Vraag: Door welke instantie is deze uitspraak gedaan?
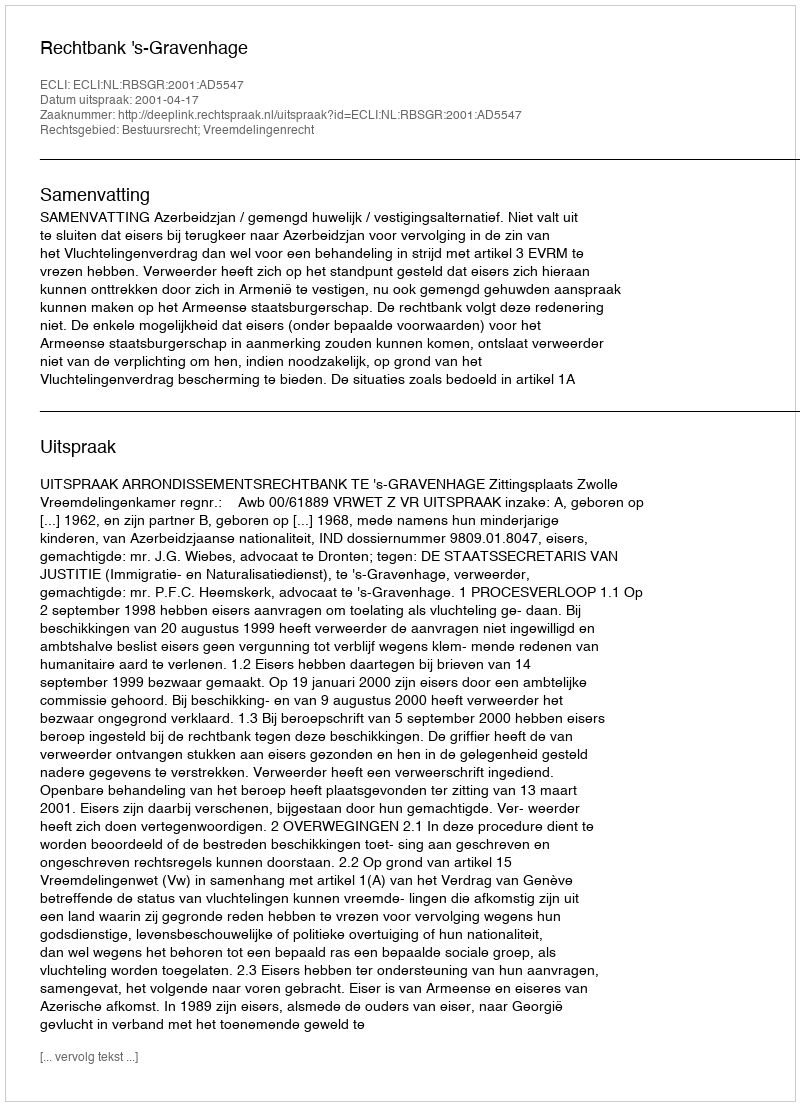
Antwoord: Rechtbank 's-Gravenhage